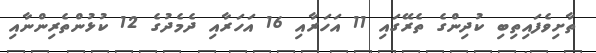
ތާށިވެފައިތިބި ކުދިންގެ ތެރޭގައި 11 އަހަރާއި 16 އަހަރާއި ދެމެދުގެ 12 ކުޅުންތެރިންނާއި